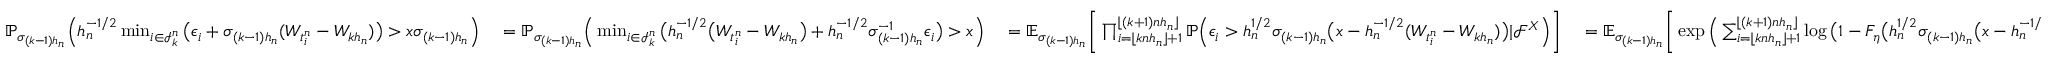
\begin{array} { r l r l r } & { \mathbb { P } _ { \sigma _ { ( k - 1 ) h _ { n } } } \Big ( h _ { n } ^ { - 1 / 2 } \operatorname* { m i n } _ { i \in \mathcal { I } _ { k } ^ { n } } \big ( \epsilon _ { i } + \sigma _ { ( k - 1 ) h _ { n } } ( W _ { t _ { i } ^ { n } } - W _ { k h _ { n } } ) \big ) > x \sigma _ { ( k - 1 ) h _ { n } } \Big ) \ } & { = \mathbb { P } _ { \sigma _ { ( k - 1 ) h _ { n } } } \Big ( \operatorname* { m i n } _ { i \in \mathcal { I } _ { k } ^ { n } } \big ( h _ { n } ^ { - 1 / 2 } \big ( W _ { t _ { i } ^ { n } } - W _ { k h _ { n } } \big ) + h _ { n } ^ { - 1 / 2 } \sigma _ { ( k - 1 ) h _ { n } } ^ { - 1 } \epsilon _ { i } \big ) > x \Big ) \ } & { = \mathbb { E } _ { \sigma _ { ( k - 1 ) h _ { n } } } \bigg [ \prod _ { i = \lfloor k n h _ { n } \rfloor + 1 } ^ { \lfloor ( k + 1 ) n h _ { n } \rfloor } \mathbb { P } \Big ( \epsilon _ { i } > h _ { n } ^ { 1 / 2 } \sigma _ { ( k - 1 ) h _ { n } } \big ( x - h _ { n } ^ { - 1 / 2 } ( W _ { t _ { i } ^ { n } } - W _ { k h _ { n } } ) \big ) | \mathcal { F } ^ { X } \Big ) \bigg ] \ } & { = \mathbb { E } _ { \sigma _ { ( k - 1 ) h _ { n } } } \bigg [ \exp \Big ( \sum _ { i = \lfloor k n h _ { n } \rfloor + 1 } ^ { \lfloor ( k + 1 ) n h _ { n } \rfloor } \log \big ( 1 - F _ { \eta } \big ( h _ { n } ^ { 1 / 2 } \sigma _ { ( k - 1 ) h _ { n } } \big ( x - h _ { n } ^ { - 1 / 2 } ( W _ { t _ { i } ^ { n } } - W _ { k h _ { n } } ) \big ) \big ) \big ) \Big ) \bigg ] } \end{array}